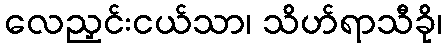
လေညှင်းငယ်သာ၊ သိဟ်ရာသီခို၊